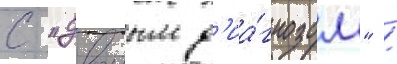
с "двоиным д'иа́гнозом" /